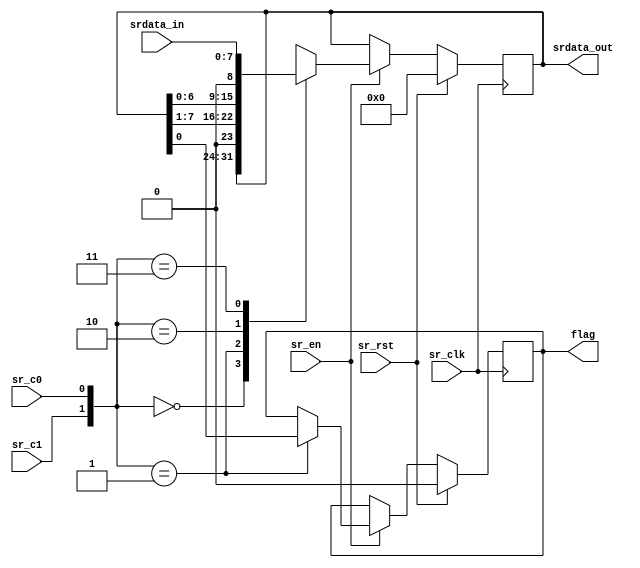
// Eight bit shift register, control lines c1 c0
// 00 no change, 01 shift right, 10 shift left, 11 parallel load
// For a right shift, the lost LSB is captured as a 'flag' bit

module UniversalShiftReg(input [7:0] srdata_in, input sr_clk, sr_rst, sr_en, sr_c1, sr_c0, output reg [7:0] srdata_out, output reg flag);
  
  always @ (posedge sr_clk) begin
    if (sr_rst) begin srdata_out <= 8'b00000000; flag <= 0; end
    else if (sr_en) begin 
      case ({sr_c1, sr_c0})
      // no change
      0: srdata_out <= srdata_out;
      // shift right with zero fill and catch the flag bit
      1: begin srdata_out <= {1'b0, srdata_out[7:1]}; flag <= srdata_out[0];
         end
      // shift left with zero fill
      2: srdata_out <= {srdata_out[6:0],1'b0};
      // parallel load
      3: srdata_out <= srdata_in;
      default srdata_out <= 8'b00000000;
      endcase
    end
  end
endmodule